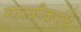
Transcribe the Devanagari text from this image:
नारळीकरांचे